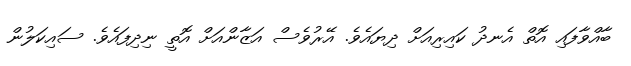
ބާއްވާފައި އޮތް އެނދު ކައިރިއަށް ދިޔައެވެ. އޭރުވެސް އަޒާންއަށް އޮތީ ނިދިފައެވެ. ސައިކަލުން